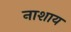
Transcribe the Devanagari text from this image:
नाशाय